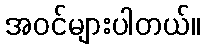
အဝင်များပါတယ်။